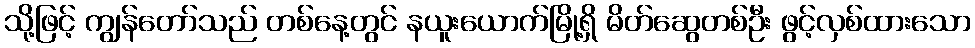
သို့ဖြင့် ကျွန်တော်သည် တစ်နေ့တွင် နယူးယောက်မြို့ရှိ မိတ်ဆွေတစ်ဦး ဖွင့်လှစ်ထားသော